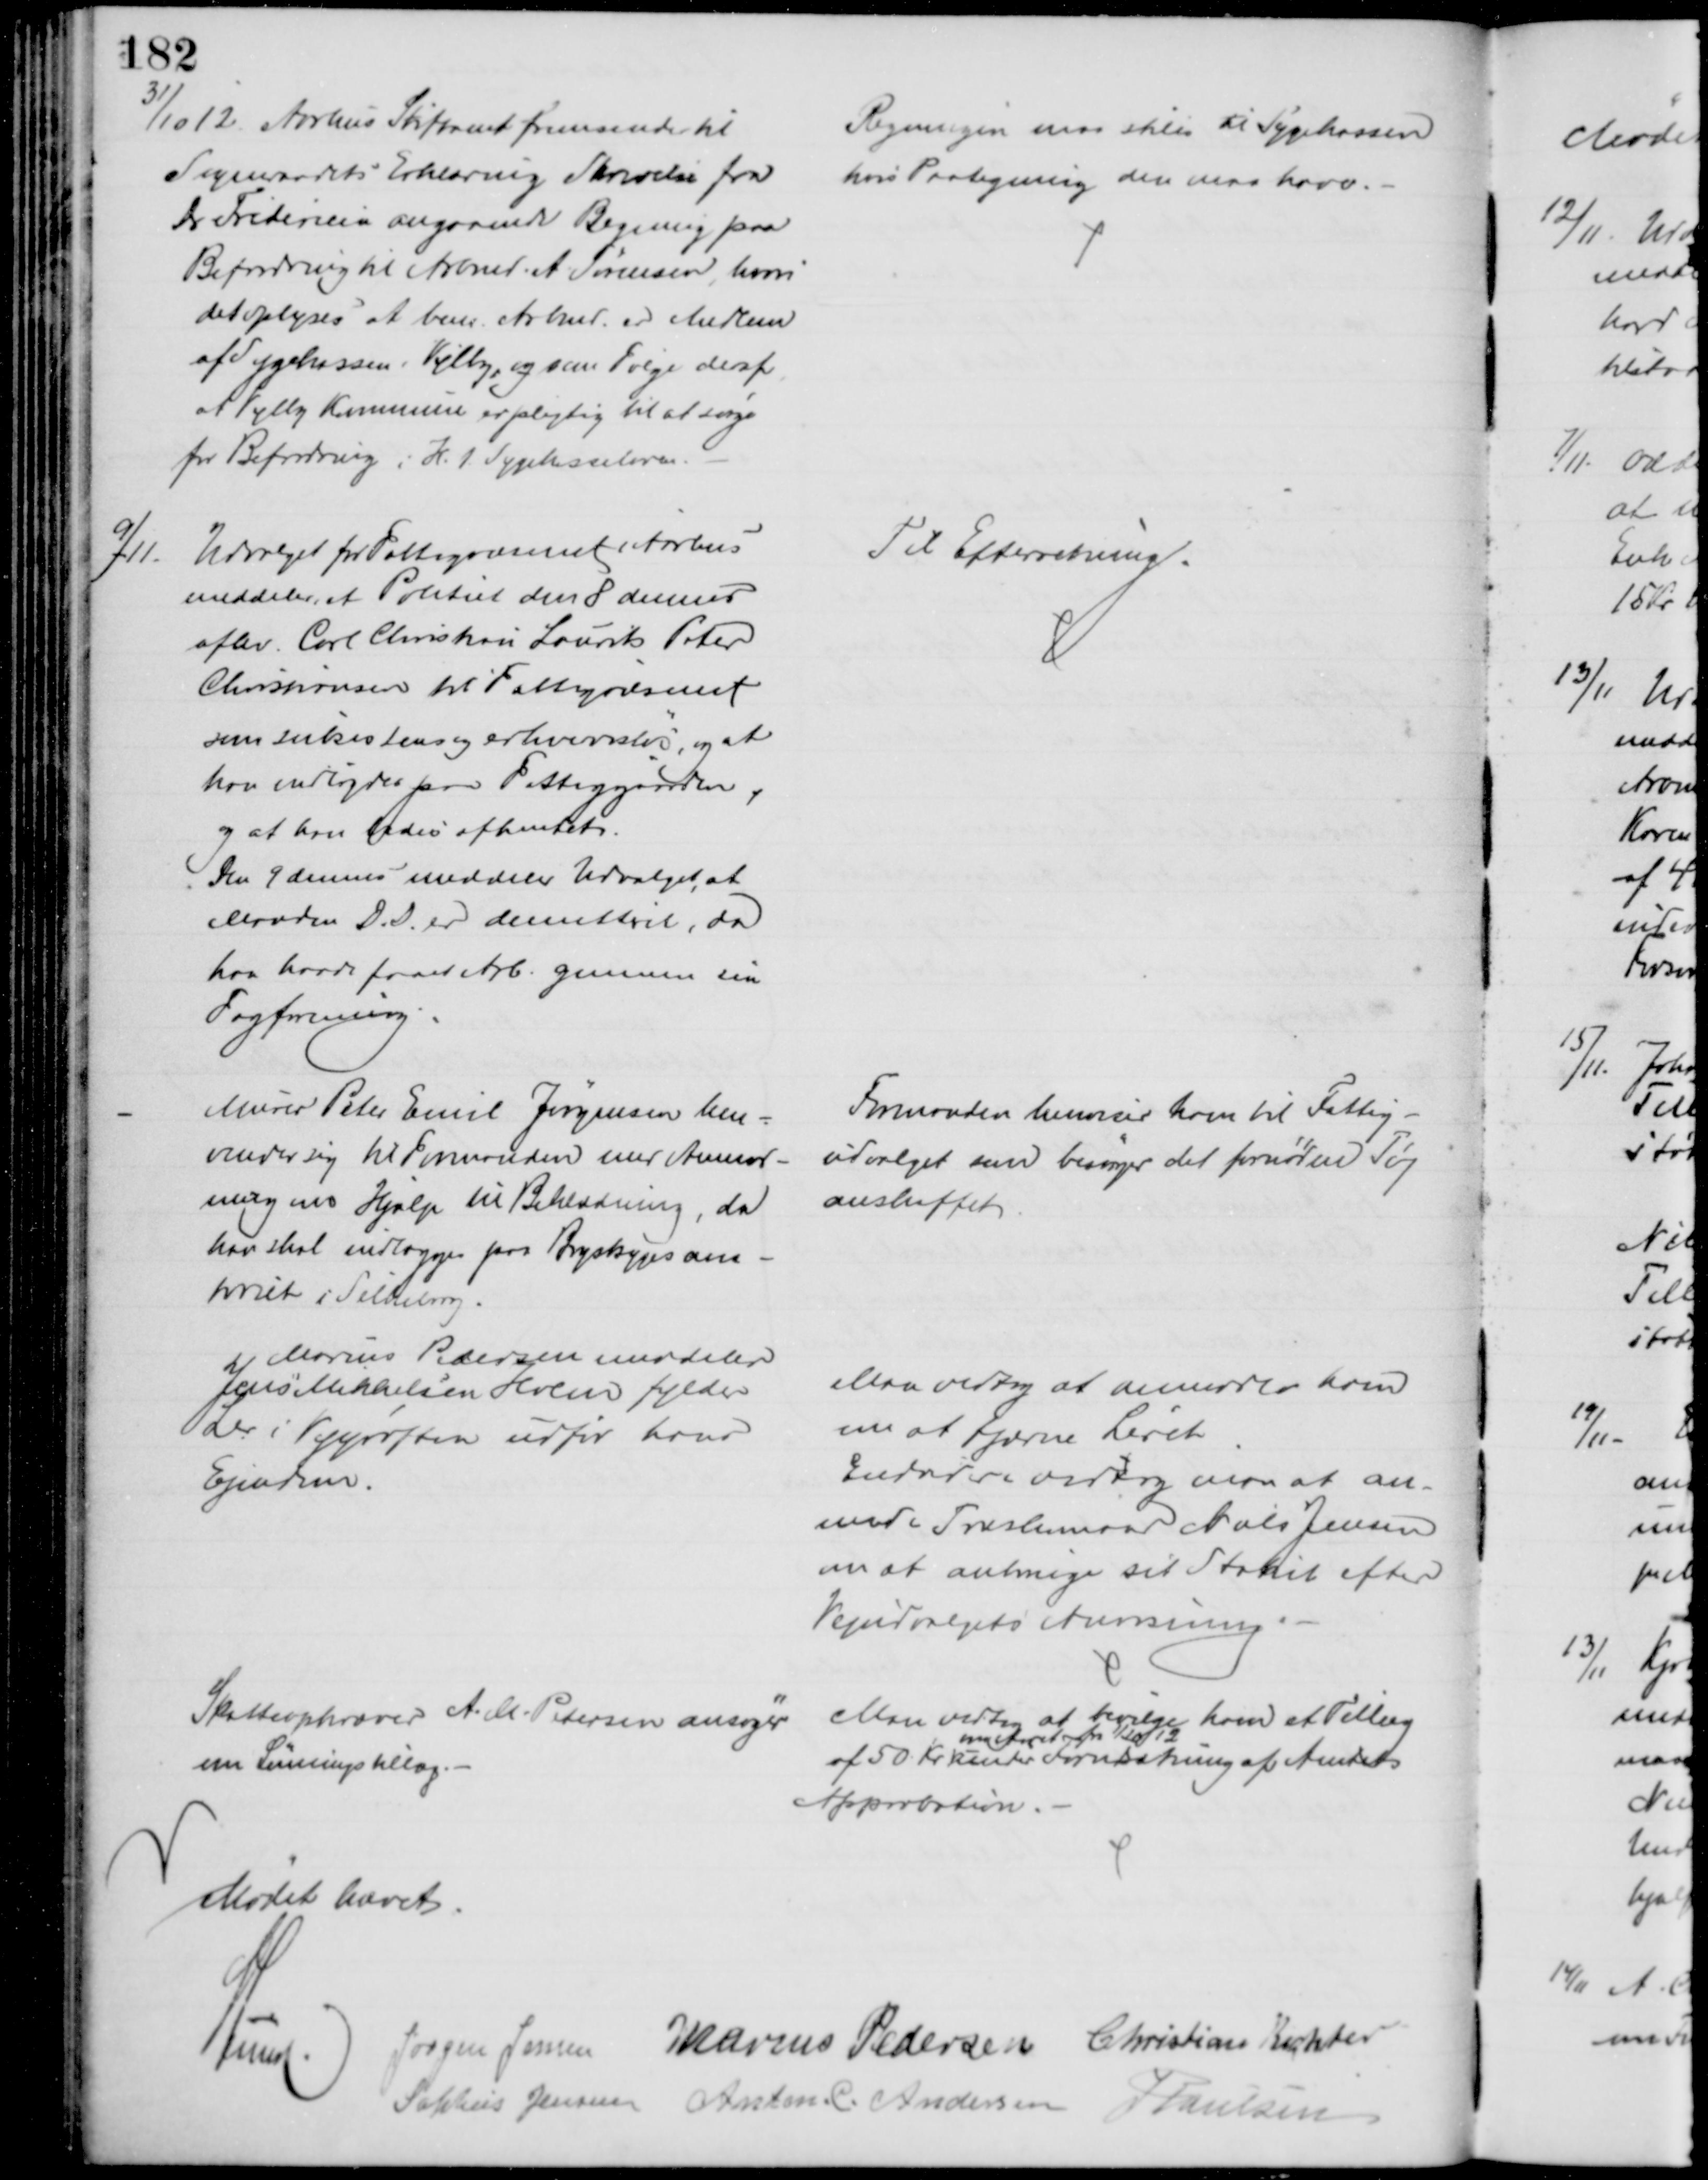
Transskription:
31/10 12. Aarhus Stiftamt fremsender til
Sogneraadets Erklæring Skrivelse fra
Dr. Fridericia angaaende Regning paa
Befordring til Arbmd. A. Sørensen hvori
det oplyses at bem. Arbmd. er Medlem
af Sygekassen i Vejlby, og som Følge deraf
at Vejlby Kommune er pligtig til at sørge
for Befordring i H. t. Sygekasseloven.
Regningen maa stiles til Sygekassen
hvis Paategning den maa have.
9/11.
Udvalget for Fattigvæsenet i Aarhus
meddeler, at Politiet den 8 dennes
aflev. Carl Christian Laurits Peter
Christiansen til Fattigvæsenet
som subsistens og erhvervsløs, og at
han indlagdes paa Fattiggaarden,
og at han bedes afhentet.
Den 9 dennes meddeler Udvalget, at
Manden D. D. er demitteret, da
han havde faaet Arb. gennem sin
Fagforening
Til Efterretning.
Murer Peter Emil Jørgensen hen-
vender sig til Formanden med Anmod-
ning om Hjælp til Beklædning, da
han skal indlægges paa Brystsygesana-
toriet i Silkeborg.
Formanden henviser ham til Fattig-
udvalget som besørger det fornødne Tøj
anskaffet
Marius Pedersen meddeler
Jens Mikkelsen Holm fylder
Ler i Vejgrøften udfor hus
Ejendom.
Man vedtog at anmode ham
om at fjerne Leret
Endvidere vedtog man at an-
unde Træskomand Niels Jensen
om at anbringe sit Stakit efter
Vejudvalgets Anvisning
Skatteopkræver A. M. Petersen ansøger
om Lønningstillæg.
Man vedtog at bevilge ham et Tillæg
af 50 Kr 
om Aaret fra 1/10 12
under Forudsætning af Amtets
Approbation.
Mødet hævet
A Lund. Jørgen Jensen
Marius Pedersen
Christian Richter
Sophus Jensen Anton. C. Andersen
J Poulsen